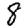
Digit: 8